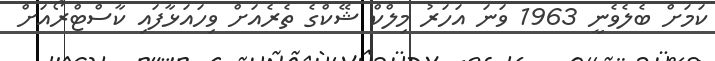
ކަމަށް ބެލެވެނީ 1963 ވަނަ އަހަރު މިލްކް ޝޭކްގެ ތެރެއަށް ވިހައަޅާފައި ކާސްޓްރޯއަށް